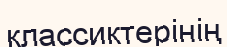
классиктерінің